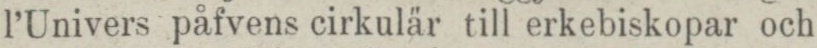
l’Univers påfvens cirkulär till erkebiskopar och